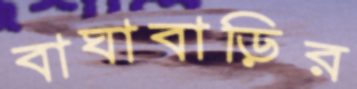
বাঘাবাড়ির